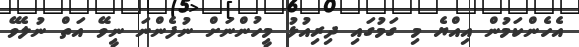
އެހެންކަމުން އިއްޔެ މި ގަމުގައި ދިރިއުޅު މީހުންނަށް ނުފެންނަ ނީވޭ އަތް ނުލެވޭ